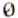
0